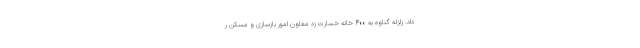
داد. زلزله گناوه به ۴۰۰ خانه خسارت زد معاون امور بازسازی و مسکن ر